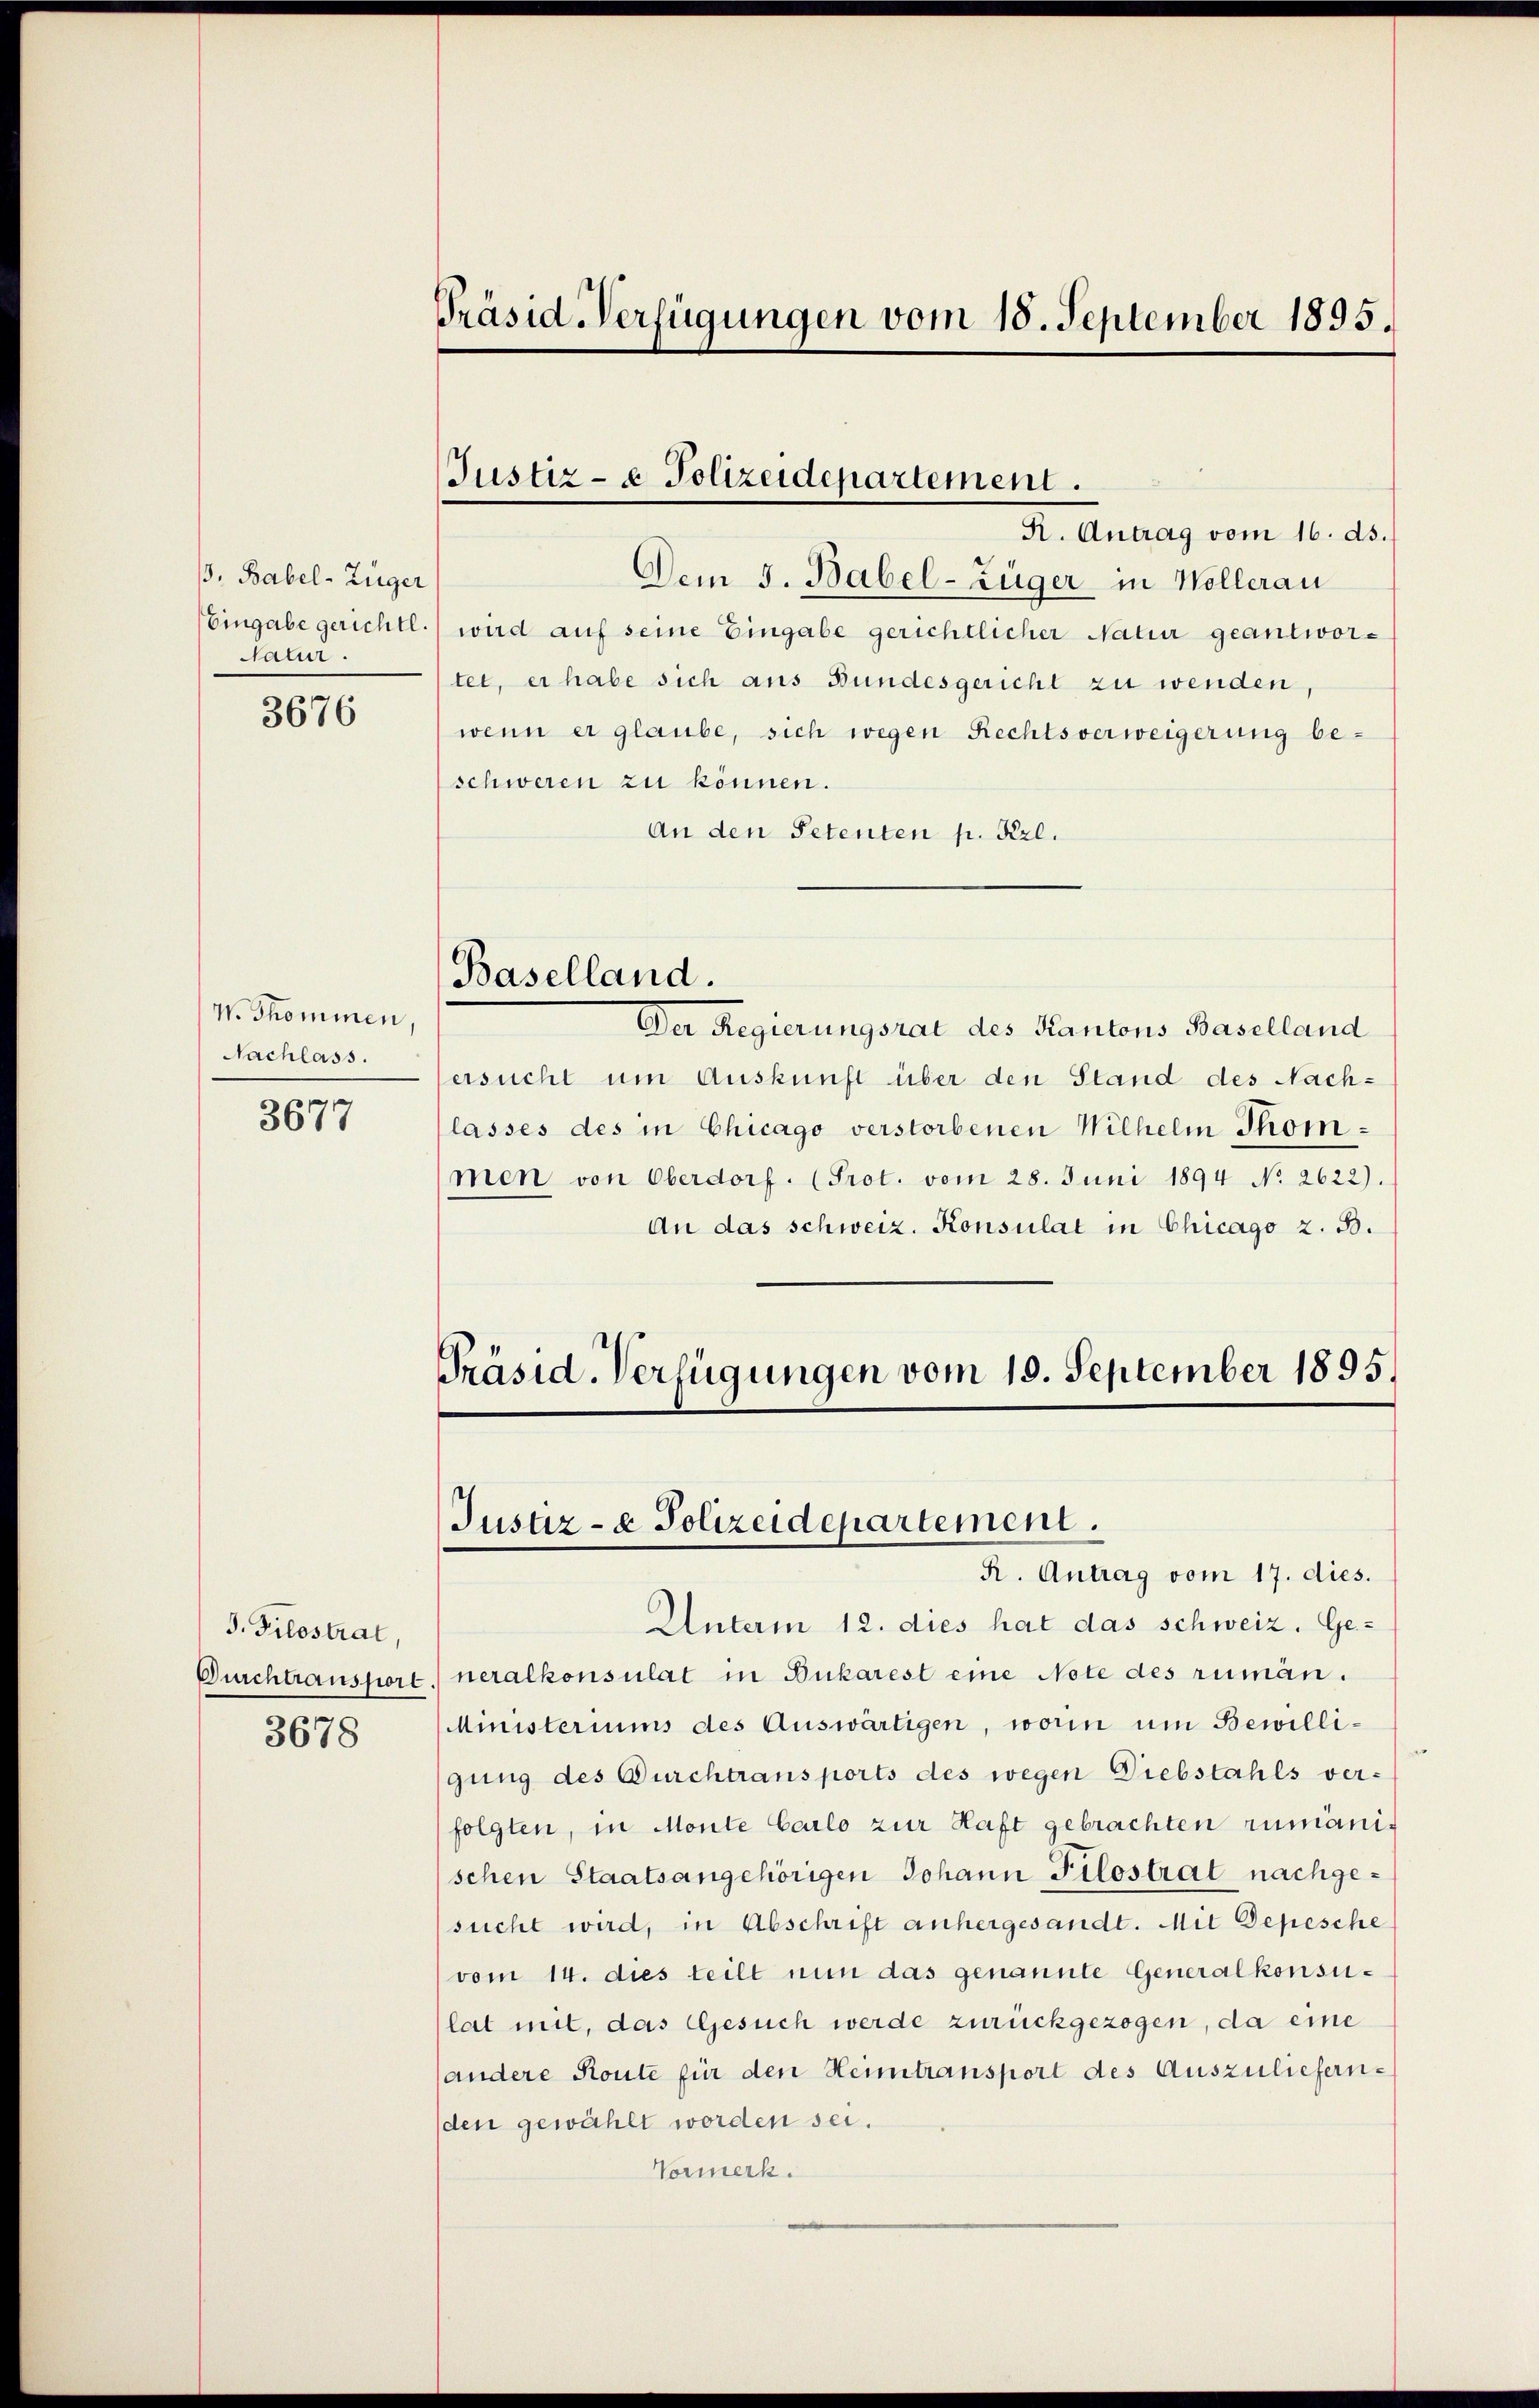
B. Babel-Züger
Satur.

3676

W. Thominen,
Nachlass.
3677

J. Filostrat,
Durchtransport
3678

Präsid-Verfügungen vom 15. September 1895.

Justiz- & Polizeidepartement.
R. Antrag vom 16. ds.

Dem 3. Babel-Züger in Wollerau
Eingabe gerichtl.) wird auf seine Eingabe gerichtlicher Natur geantwortet, er habe sich aus Bundesgericht zu wenden,
wenn er glaube, sich wegen Rechtsverweigerung be-
schweren zu können.
An den Petenten p. Frl.

Baselland.

Der Regierungsrat des Kantons Baselland
ersucht um Auskunft über den Stand des Nachlasses des in Chicago verstorbenen Wilhelm Thommen von Oberdorf. (Prot. vom 28. Juni 1894 No 2622).
An das schweiz. Konsulat in Chicago z. B.
Präsid. Verfügungen vom 10. September 1895.

Justiz- & Polizeidepartement.
R. Antrag vom 17. dies.

Unterm 12. dies hat das schweiz. Generalkonsulat in Bukarest eine Note des rumän.
Ministeriums des Auswärtigen, worin um Bewilligung des Durchtransports des wegen Diebstahls ver-
folgten, in Monte Carlo zur Haft gebrachten rumänischen Staatsangehörigen Johann Pilostrat nachgesucht wird, in Abschrift anhergesandt. Mit Depesche
(vom 14. dies teilt nun das genannte Generalkonsulat mit, das Gesuch werde zurückgezogen, da eine
andere Route für den Heimtransport des Auszuliefernden gewählt worden sei.
Vormerk.